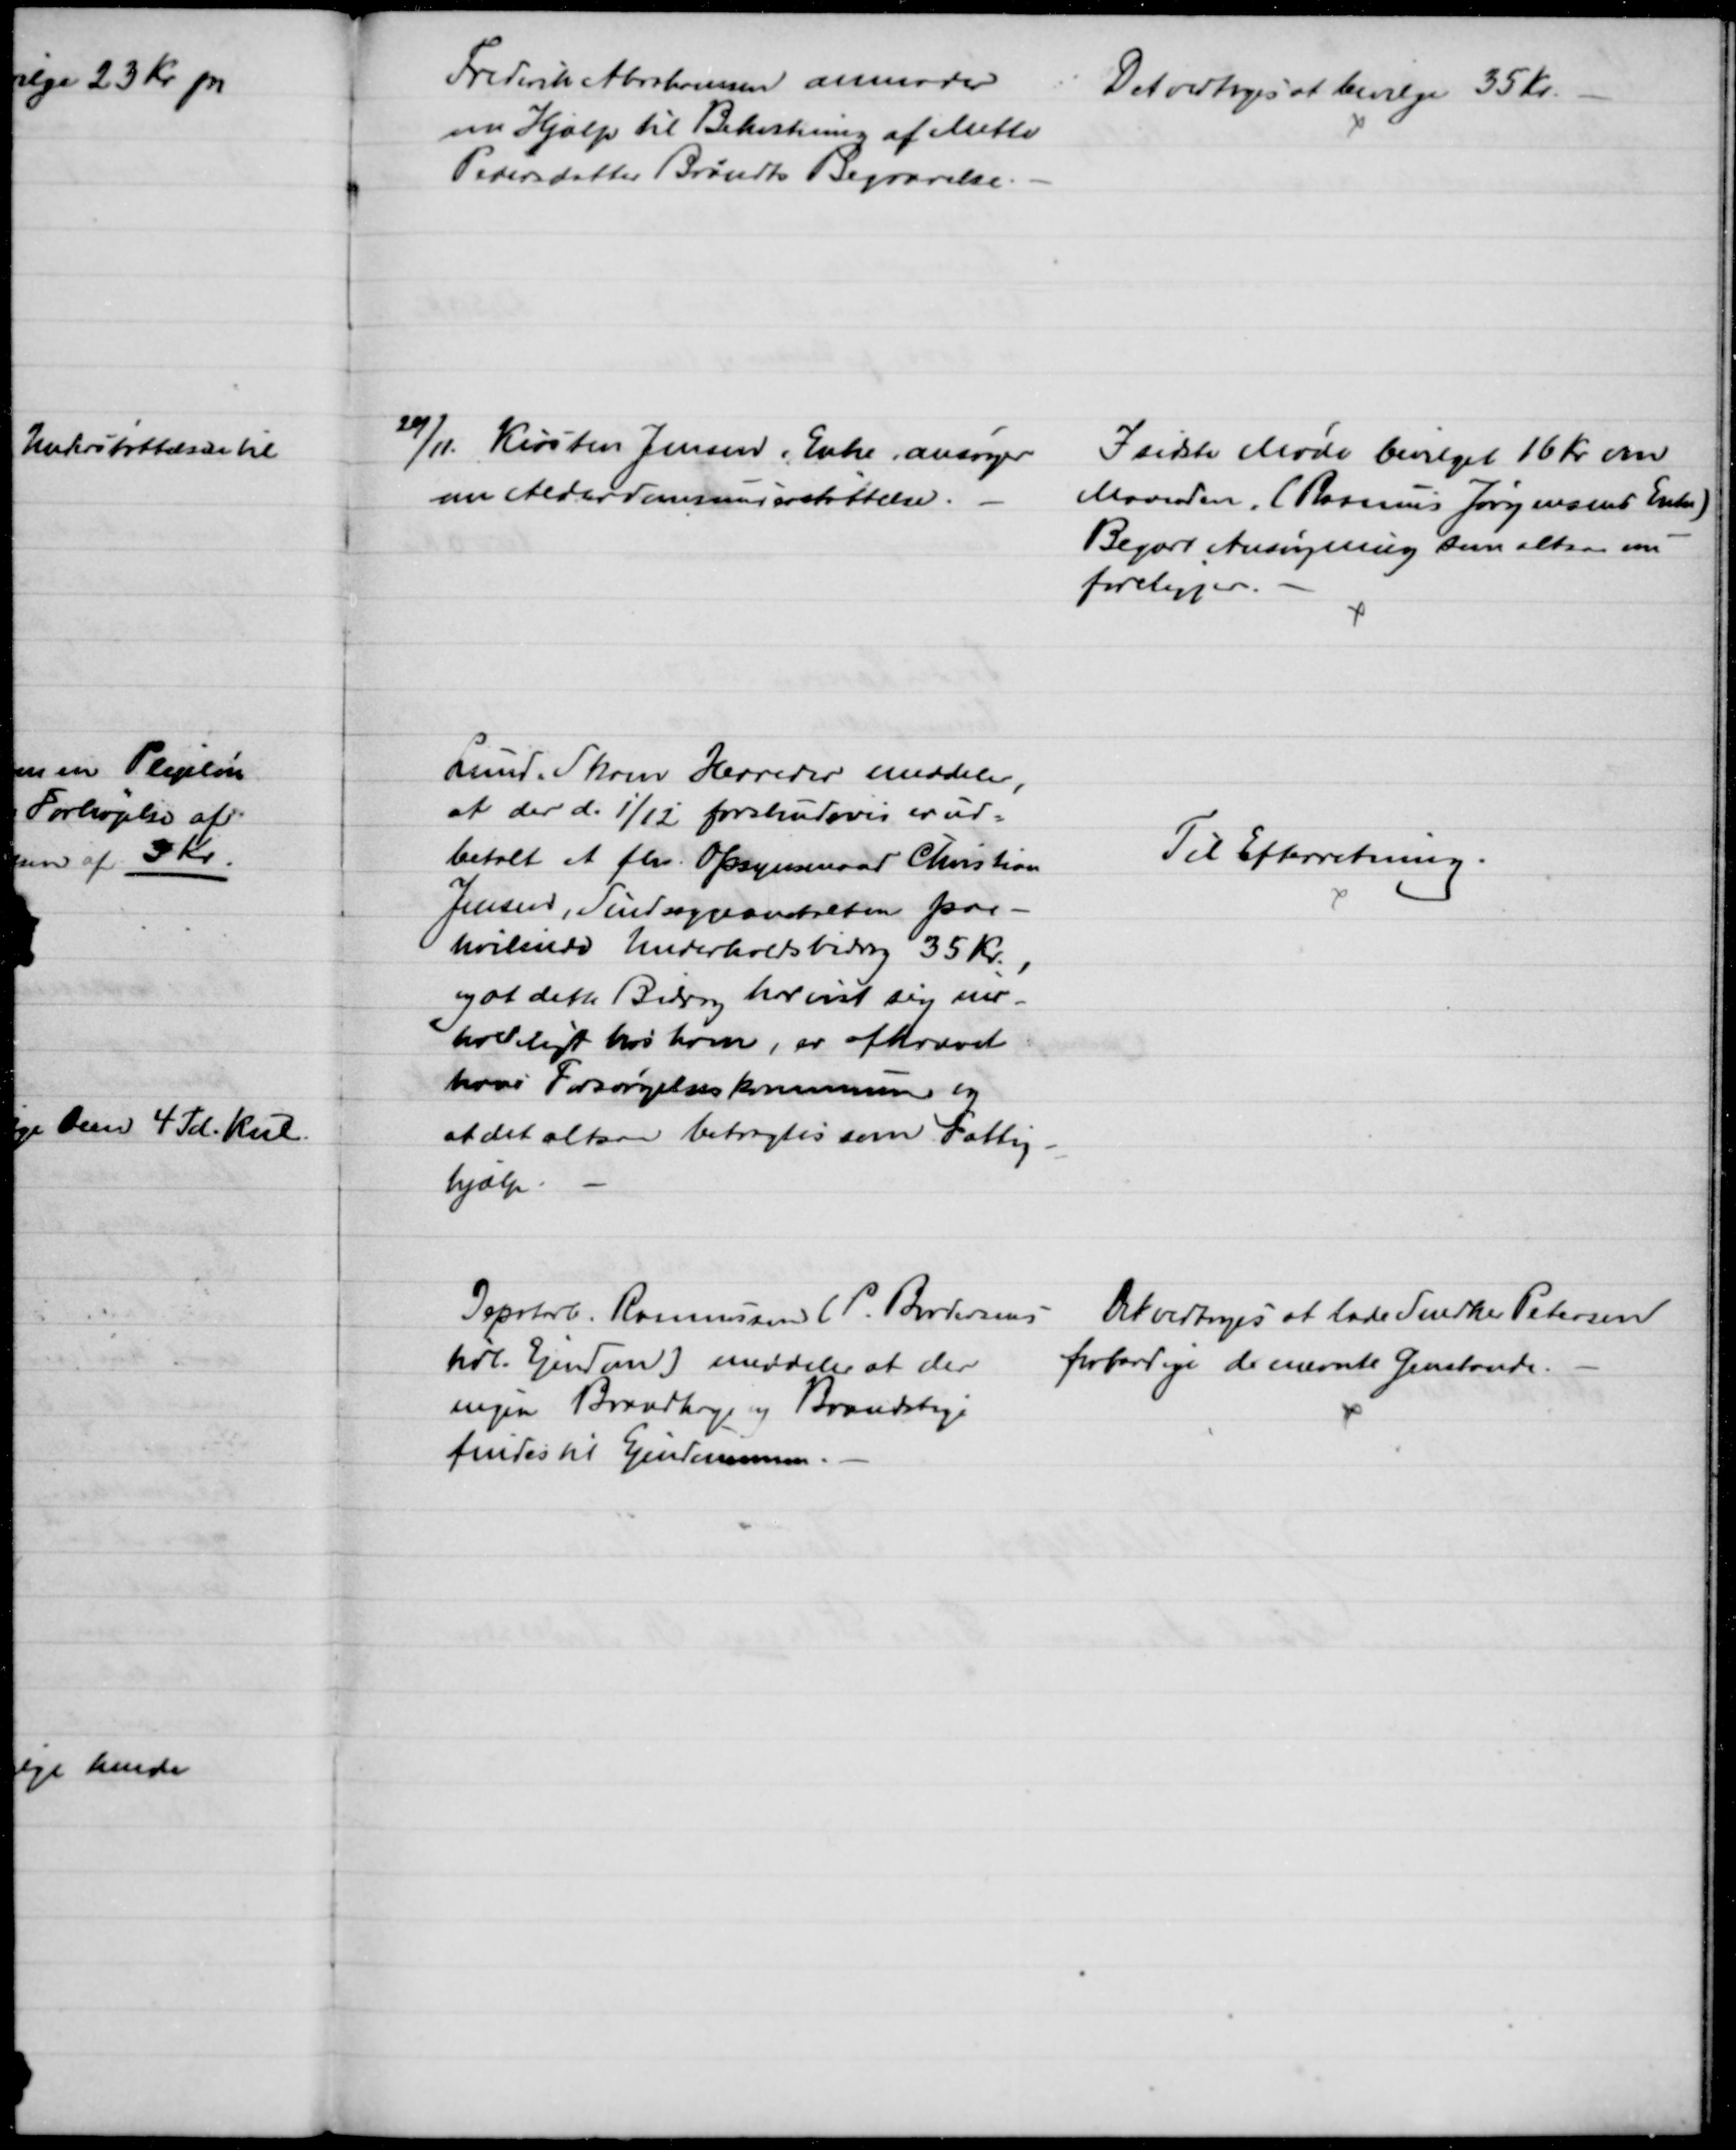
Transskription:
Frederik Abrahamsen anmoder
om Hjælp til Bekostning af Mette
Pedersdatter Brøndts Begravelse.
Det vedtoges at bevilge 35 Kr.
20/11. Kirsten Jensen, Enke, ansøger
om Alderdomsunderstøttelse.
I sidste Møde bevilget 16 Kr om
Maaneden. (Rasmus Jørgensens Enke)
Begært Ansøgning som altsaa nu
foreligger.
Lunde Skam Herreder meddeler,
at der d. 1/12 forskudsvis er ud-
betalt et fhv. Opsynsmand Christian
Jensen, Sindssygeanstalten paa-
hvilende Underholdsbidrag 35 Kr.,
og at dette Bidrag har vist sig ind-
 hos ham, er afkrævet
heri Forsørgelseskommunen og 
at det altsaa betragtes som Fattig-
hjælp
Til Efterretning.
Depotarb. Rasmussen (P. Brodersens
tidl. Ejendom) meddeler at der
ingen Brandhage og Brandstige
findes til Ejendommen.
Det vedtoges at lade Snedker Petersen
forfærdige de nævnte Genstande.